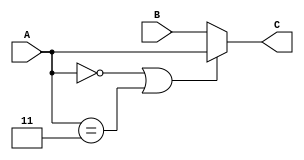
`timescale 1ns / 1ps
//////////////////////////////////////////////////////////////////////////////////
// Company: 
// Engineer: 
// 
// Design Name: 
// Module Name:    parallel_prefix 
// Project Name: 
// Target Devices: 
// Tool versions: 
// Description: 
//
// Dependencies: 
//
// Revision: 
// Revision 0.01 - File Created
// Additional Comments: 
//
//////////////////////////////////////////////////////////////////////////////////
module parallel_prefix(
    input [1:0] A,
    input [1:0] B,
    output reg [1:0] C
    );

	always@(A, B)
	begin
		if(A == 2'b00 || A == 2'b11)
			C = A;
		else
			C = B;
	end

endmodule